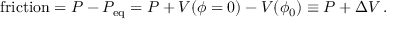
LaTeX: \mathrm { f r i c t i o n } = P - P _ { \mathrm { e q } } = P + V ( \phi = 0 ) - V ( \phi _ { 0 } ) \equiv P + \Delta V \, .